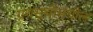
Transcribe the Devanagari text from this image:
ग्रंथसूचीमधील